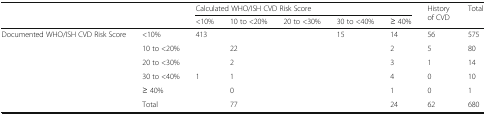
<table><thead><tr><td colspan="2" rowspan="2">[EMPTY_CELL]</td><td colspan="5"><b>Calculated WHO/ISH CVD Risk Score</b></td><td rowspan="2"><b>History of CVD</b></td><td rowspan="2"><b>Total</b></td></tr><tr><td><b>&lt;10%</b></td><td><b>10 to &lt;20%</b></td><td><b>20 to &lt;30%</b></td><td><b>30 to &lt;40%</b></td><td><b>≥ 40%</b></td></tr></thead><tbody><tr><td rowspan="6">Documented WHO/ISH CVD Risk Score</td><td>&lt;10%</td><td>413</td><td>[EMPTY_CELL]</td><td>[EMPTY_CELL]</td><td>15</td><td>14</td><td>56</td><td>575</td></tr><tr><td>10 to &lt;20%</td><td>[EMPTY_CELL]</td><td>22</td><td>[EMPTY_CELL]</td><td>[EMPTY_CELL]</td><td>2</td><td>5</td><td>80</td></tr><tr><td>20 to &lt;30%</td><td>[EMPTY_CELL]</td><td>2</td><td>[EMPTY_CELL]</td><td>[EMPTY_CELL]</td><td>3</td><td>1</td><td>14</td></tr><tr><td>30 to &lt;40%</td><td>1</td><td>1</td><td>[EMPTY_CELL]</td><td>[EMPTY_CELL]</td><td>4</td><td>0</td><td>10</td></tr><tr><td>≥ 40%</td><td>[EMPTY_CELL]</td><td>0</td><td>[EMPTY_CELL]</td><td>[EMPTY_CELL]</td><td>1</td><td>0</td><td>1</td></tr><tr><td>Total</td><td>[EMPTY_CELL]</td><td>77</td><td>[EMPTY_CELL]</td><td>[EMPTY_CELL]</td><td>24</td><td>62</td><td>680</td></tr></tbody></table>